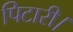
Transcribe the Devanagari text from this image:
पिटारी।